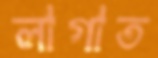
লাগাত